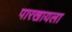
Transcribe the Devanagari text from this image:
पारखायला